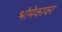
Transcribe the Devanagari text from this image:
भोमेकाका